Indian journal of veterinary science and animal husbandry - Volumes 18-21, 1948-1951
Year: 1948
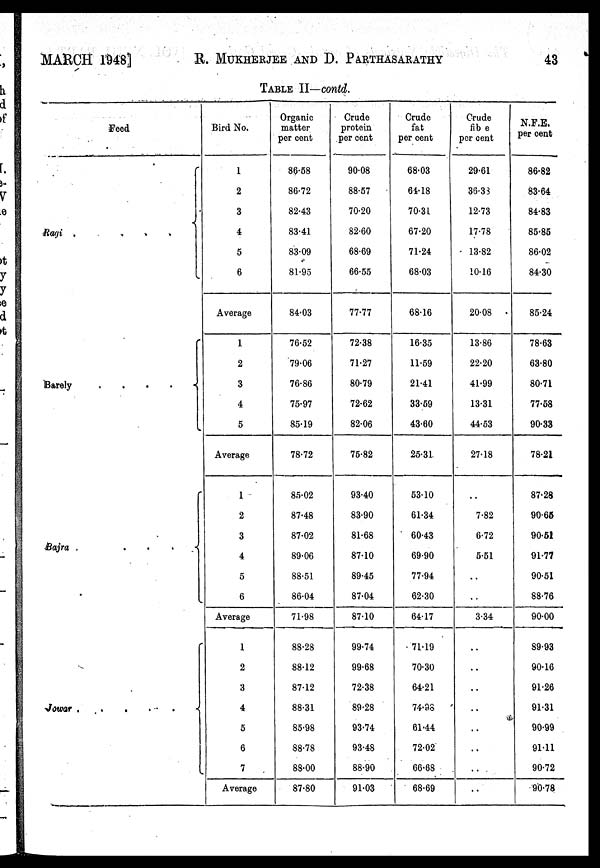
MARCH 1948]
R. MUKHERJEE AND D.
PARTHASARATHY
43
TABLE II—contd.
Feed
Ragi
.
.
.
.
{
Barely
.
.
.
.
{
Bajra
.
.
.
{
Jowar
.
.
.
.
.
{
Bird No.
1
2
3
4
5
6
Average
1
2
3
4
5
Average
1
2
3
4
5
6
Average
1
2
3
4
5
6
7
Average
Organic
matter
per cent
86.58
86.72
82.43
83.41
83.09
81.95
84.03
76.52
79.06
76.86
75.97
85.19
78.72
85.02
87.48
87.02
89.06
88.51
86.04
71.98
88.28
88.12
87.12
88.31
85.98
88.78
88.00
87.80
Crude
protein
per cent
90.08
88.57
70.20
82.60
68.69
66.55
77.77
72.38
71.27
80.79
72.62
82.06
75.82
93.40
83.90
81.68
87.10
89.45
87.04
87.10
99.74
99.68
72.38
89.28
93.74
93.48
88.90
91.03
Crude
fat
per cent
68.03
64.18
70.31
67.20
71.24
68.03
68.16
16.35
11.59
21.41
33.59
43.60
25.31
53.10
61.34
60.43
69.90
77.94
62.30
64.17
71.19
70.30
64.21
74.98
61.44
72.02
66.68
68.69
Crude
fibre
per cent
29.61
36.33
12.73
17.78
13.82
10.16
20.08
13.86
22.20
41.99
13.31
44.53
27.18
..
7.82
6.72
5.51
..
..
3.34
..
..
..
..
..
..
..
..
N.F.E.
per cent
86.82
83.64
84.83
85.85
86.02
84.30
85.24
78.63
63.80
80.71
77.58
90.33
78.21
87.28
90.65
90.51
91.77
90.51
88.76
90.00
89.93
90.16
91.26
91.31
90.99
91.11
90.72
90.78